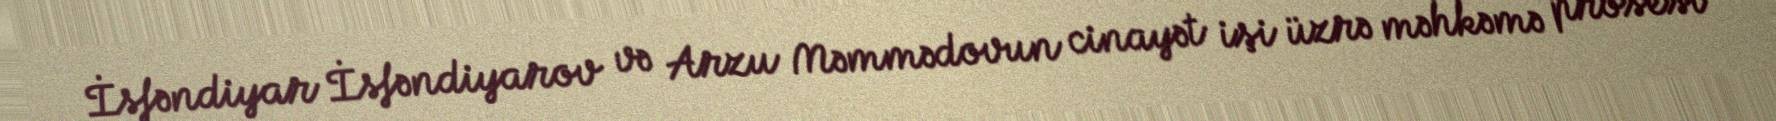
İsfəndiyar İsfəndiyarov və Arzu Məmmədovun cinayət işi üzrə məhkəmə prosesi